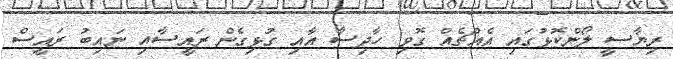
ރިޔާސީ ލޯންކޮޅުގައި އެއްޗެއް ގޮވި ހާދިސާ އާއި ގުޅިގެން ރައީސާއި ނައިބު ރައީސް